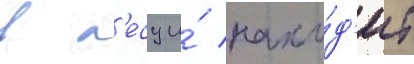
в л'есу и́ нахо́д'ит